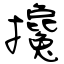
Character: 攙